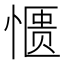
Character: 𫺹